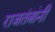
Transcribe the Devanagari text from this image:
राजतंत्रांनी